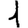
Digit: 1